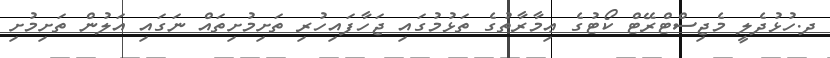
ދ.ހުޅުދެލީ މެޖިސްޓްރޭޓް ކޯޓުގެ ޢިމާރާތުގެ ތަޅުމުގައި ޖަހާފައިހުރި ތަށިމުށިތައް ނަގައި އަލުން ތަށިމުށި